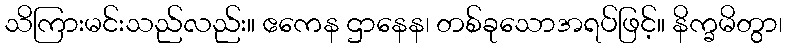
သိကြားမင်းသည်လည်း။ ဧကေန ဌာနေန၊ တစ်ခုသောအရပ်ဖြင့်။ နိက္ခမိတွာ၊